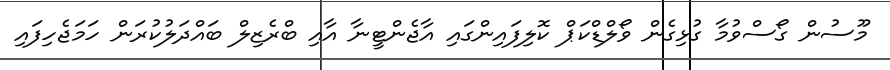
މޫސުން ގޯސްވުމާ ގުޅިގެން ވޯލްޑްކަޕް ކޮލިފައިންގައި އާޖެންޓީނާ އާއި ބްރެޒިލް ބަައްދަލުކުރަން ހަމަޖެހިފައި